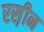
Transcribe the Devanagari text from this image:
रस़ीन